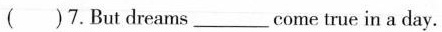
( )7. But dreams___come true in a day.